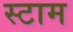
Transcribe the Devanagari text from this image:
स्टाम